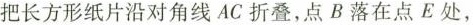
把长方形纸片沿对角线AC折叠，点B落在点E处，